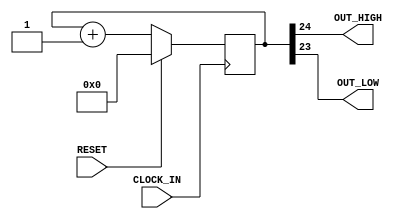

`timescale 1ns / 1ps

module BlinkLeds_HDL(
    input CLOCK_IN,
    input RESET,
    output OUT_HIGH,
    output OUT_LOW
    );

reg[31:0] blinkcount;

wire clk_in;
wire reset_in;

assign clk_in = CLOCK_IN;
assign reset_in = RESET;
assign OUT_HIGH = blinkcount[24];
assign OUT_LOW = blinkcount[23];

always@ (posedge clk_in)

  if (reset_in) begin
    blinkcount <= 32'b0;
  end
  else
  begin
    blinkcount <= blinkcount + 1;
  end

endmodule